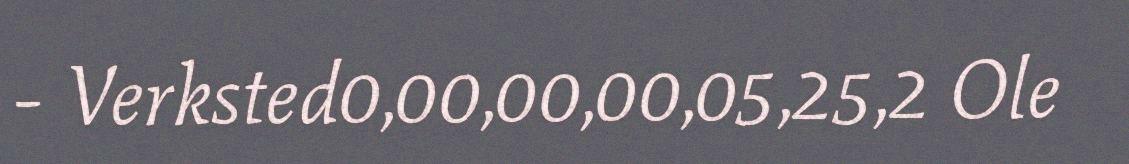
- Verksted0,00,00,00,05,25,2 Ole